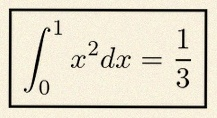
\int_0^1 x^2dx=\frac13